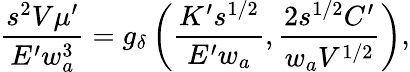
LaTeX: \frac{s^{2}V\mu^{\prime}}{E^{\prime}w_{a}^{3}}=g_{\delta}\left(\frac{K^{\prime}s^{1/2}}{E^{\prime}w_{a}},\frac{2s^{1/2}C^{\prime}}{w_{a}V^{1/2}}\right),